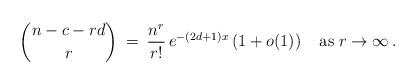
LaTeX: \begin{align*} \binom{n-c-rd}{r} \: = \: \frac{n^r}{r!} \, e^{-(2d+1)x}\,(1+o(1)) \;\;\;\;{\rm as}\; r\to\infty \, .\end{align*}